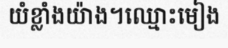
យំខ្លាំងយ៉ាង។ឈ្មោះមៀង